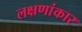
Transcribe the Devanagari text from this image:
लक्षणांकार